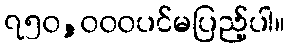
၇၅၀,၀၀၀ပင်မပြည့်ပါ။